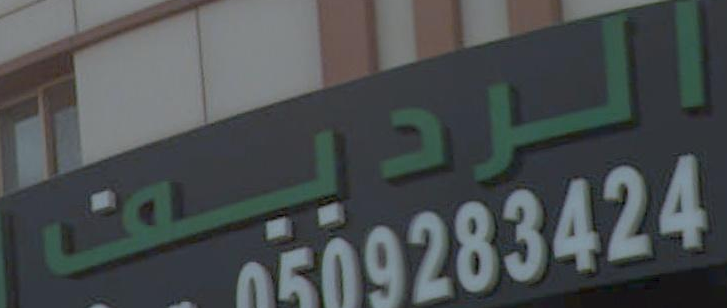
الرديف